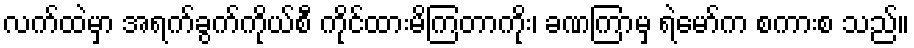
လက်ထဲမှာ အရက်ခွက်ကိုယ်စီ ကိုင်ထားမိကြတာကိုး၊ ခဏကြာမှ ရဲမော်က စကားစ သည်။